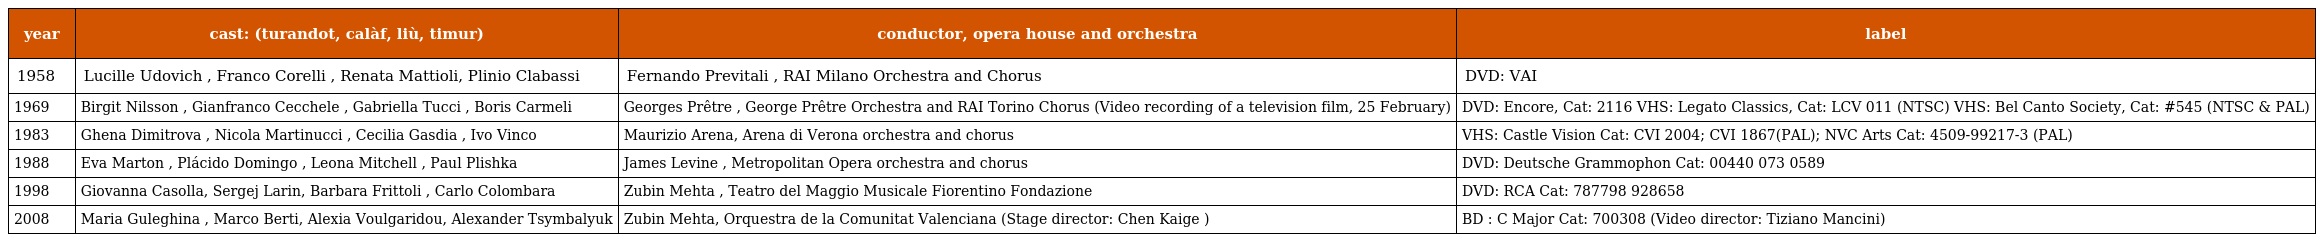
| year | cast: (turandot, calàf, liù, timur) | conductor, opera house and orchestra | label |
 | --- | --- | --- | --- |
 | 1958 | Lucille Udovich , Franco Corelli , Renata Mattioli, Plinio Clabassi | Fernando Previtali , RAI Milano Orchestra and Chorus | DVD: VAI |
 | 1969 | Birgit Nilsson , Gianfranco Cecchele , Gabriella Tucci , Boris Carmeli | Georges Prêtre , George Prêtre Orchestra and RAI Torino Chorus (Video recording of a television film, 25 February) | DVD: Encore, Cat: 2116 VHS: Legato Classics, Cat: LCV 011 (NTSC) VHS: Bel Canto Society, Cat: #545 (NTSC & PAL) |
 | 1983 | Ghena Dimitrova , Nicola Martinucci , Cecilia Gasdia , Ivo Vinco | Maurizio Arena, Arena di Verona orchestra and chorus | VHS: Castle Vision Cat: CVI 2004; CVI 1867(PAL); NVC Arts Cat: 4509-99217-3 (PAL) |
 | 1988 | Eva Marton , Plácido Domingo , Leona Mitchell , Paul Plishka | James Levine , Metropolitan Opera orchestra and chorus | DVD: Deutsche Grammophon Cat: 00440 073 0589 |
 | 1998 | Giovanna Casolla, Sergej Larin, Barbara Frittoli , Carlo Colombara | Zubin Mehta , Teatro del Maggio Musicale Fiorentino Fondazione | DVD: RCA Cat: 787798 928658 |
 | 2008 | Maria Guleghina , Marco Berti, Alexia Voulgaridou, Alexander Tsymbalyuk | Zubin Mehta, Orquestra de la Comunitat Valenciana (Stage director: Chen Kaige ) | BD : C Major Cat: 700308 (Video director: Tiziano Mancini) |